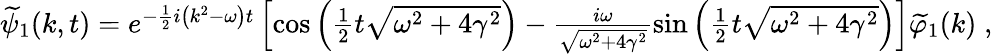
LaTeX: \begin{array}{r}{\widetilde{\psi}_{1}(k,t)=e^{-\frac{1}{2}i\left(k^{2}-\omega\right)t}\left[\cos\left(\frac{1}{2}t\sqrt{\omega^{2}+4\gamma^{2}}\right)-\frac{i\omega}{\sqrt{\omega^{2}+4\gamma^{2}}}\sin\left(\frac{1}{2}t\sqrt{\omega^{2}+4\gamma^{2}}\right)\right]\widetilde{\varphi}_{1}(k)\; ,}\end{array}